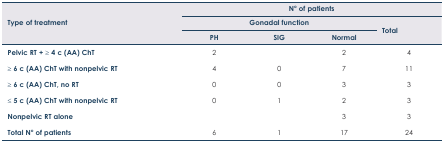
<table><thead><tr><td rowspan="3"><b>Type of treatment</b></td><td colspan="4"><b>N° of patients</b></td></tr><tr><td colspan="3"><b>Gonadal function</b></td><td rowspan="2"><b>Total</b></td></tr><tr><td><b>PH</b></td><td><b>SIG</b></td><td><b>Normal</b></td></tr></thead><tbody><tr><td><b>Pelvic RT +</b> ≥ <b>4 c (AA) ChT</b></td><td>2</td><td></td><td>2</td><td>4</td></tr><tr><td>≥ <b>6 c (AA) ChT with nonpelvic RT</b></td><td>4</td><td>0</td><td>7</td><td>11</td></tr><tr><td>≥ <b>6 c (AA) ChT, no RT</b></td><td>0</td><td>0</td><td>3</td><td>3</td></tr><tr><td>≤ <b>5 c (AA) ChT with nonpelvic RT</b></td><td>0</td><td>1</td><td>2</td><td>3</td></tr><tr><td><b>Nonpelvic RT alone</b></td><td></td><td></td><td>3</td><td>3</td></tr><tr><td><b>Total N° of patients</b></td><td>6</td><td>1</td><td>17</td><td>24</td></tr></tbody></table>